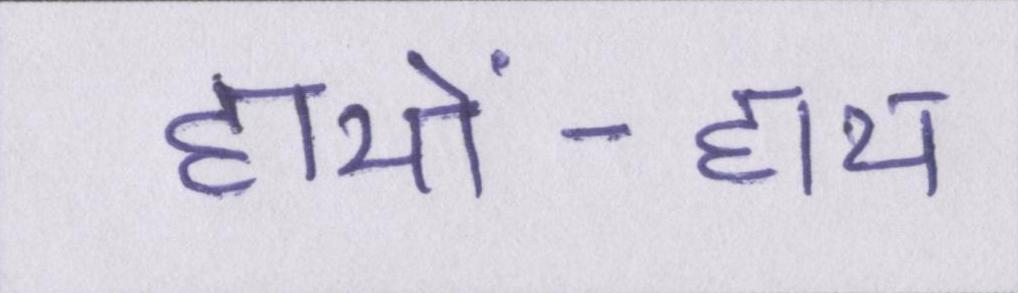
हाथों-हाथ